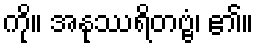
ကို။ အနုဿရိတဗ္ဗံ၊ ၏။